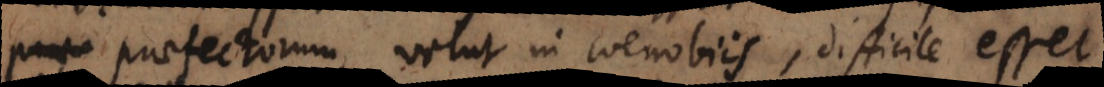
praefectorum, velut in coenobiis, difficile esset